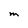
Character: M